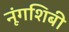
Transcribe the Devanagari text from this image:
नूंगशिबी